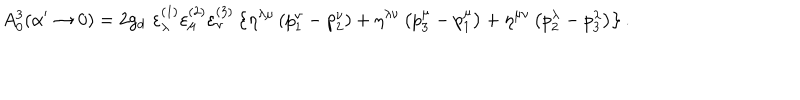
A _ { 0 } ^ { 3 } ( \alpha ^ { \prime } \rightarrow 0 ) = 2 g _ { d } \, \, \varepsilon _ { \lambda } ^ { ( 1 ) } \varepsilon _ { \mu } ^ { ( 2 ) } \varepsilon _ { \nu } ^ { ( 3 ) } \left\{ \eta ^ { \lambda \mu } \left( p _ { 1 } ^ { \nu } - p _ { 2 } ^ { \nu } \right) + \eta ^ { \lambda \nu } \left( p _ { 3 } ^ { \mu } - p _ { 1 } ^ { \mu } \right) + \eta ^ { \mu \nu } \left( p _ { 2 } ^ { \lambda } - p _ { 3 } ^ { \lambda } \right) \right\} .